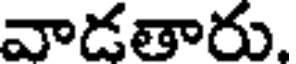
వాడతారు.